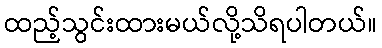
ထည့်သွင်းထားမယ်လို့သိရပါတယ်။